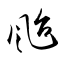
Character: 颱